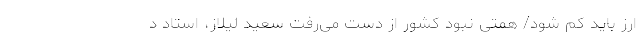
ارز باید کم شود/ همتی نبود کشور از دست می‌رفت سعید لیلاز، استاد د